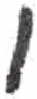
אות: ו